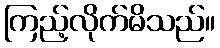
ကြည့်လိုက်မိသည်။